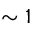
\sim 1